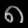
Digit: ၈